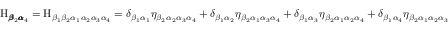
\mathrm { H } _ { { \pmb \beta } _ { 2 } { \pmb \alpha } _ { 4 } } = \mathrm { H } _ { \beta _ { 1 } \beta _ { 2 } \alpha _ { 1 } \alpha _ { 2 } \alpha _ { 3 } \alpha _ { 4 } } = \delta _ { \beta _ { 1 } \alpha _ { 1 } } \eta _ { \beta _ { 2 } \alpha _ { 2 } \alpha _ { 3 } \alpha _ { 4 } } + \delta _ { \beta _ { 1 } \alpha _ { 2 } } \eta _ { \beta _ { 2 } \alpha _ { 1 } \alpha _ { 3 } \alpha _ { 4 } } + \delta _ { \beta _ { 1 } \alpha _ { 3 } } \eta _ { \beta _ { 2 } \alpha _ { 1 } \alpha _ { 2 } \alpha _ { 4 } } + \delta _ { \beta _ { 1 } \alpha _ { 4 } } \eta _ { \beta _ { 2 } \alpha _ { 1 } \alpha _ { 2 } \alpha _ { 3 } }